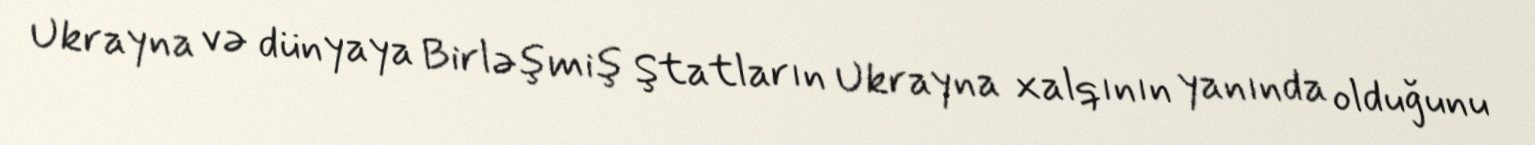
Ukrayna və dünyaya Birləşmiş Ştatların Ukrayna xalqının yanında olduğunu